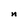
Character: n